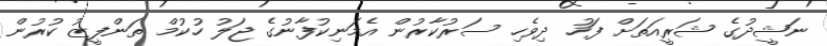
ނަޝީދުގެ ޝަރީއަތަށް ފަހު ދިވެހި ސަރުކާރުން އެމަނިކުފާނުގެ ޖަލު ހުކުމް ތަންފީޒު ކުރުން